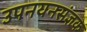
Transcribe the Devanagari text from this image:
उपनयनसंज्ञक